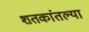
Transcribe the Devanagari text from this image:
शतकांतल्या